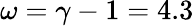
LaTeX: \omega=\gamma-1=4.3